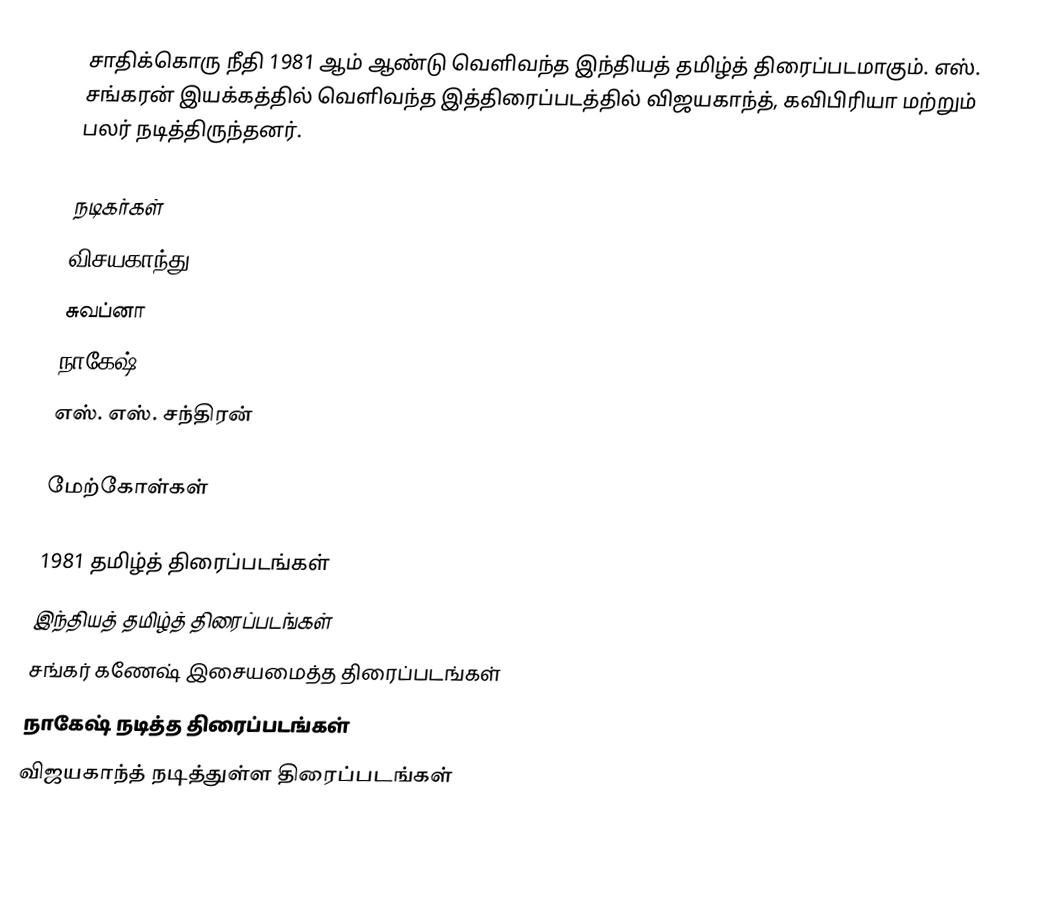
சாதிக்கொரு நீதி 1981 ஆம் ஆண்டு வெளிவந்த இந்தியத் தமிழ்த் திரைப்படமாகும். எஸ். சங்கரன் இயக்கத்தில் வெளிவந்த இத்திரைப்படத்தில் விஜயகாந்த், கவிபிரியா மற்றும் பலர் நடித்திருந்தனர்.

நடிகர்கள்
விசயகாந்து
சுவப்னா
நாகேஷ்
எஸ். எஸ். சந்திரன்

மேற்கோள்கள்

1981 தமிழ்த் திரைப்படங்கள்
இந்தியத் தமிழ்த் திரைப்படங்கள்
சங்கர் கணேஷ் இசையமைத்த திரைப்படங்கள்
நாகேஷ் நடித்த திரைப்படங்கள்
விஜயகாந்த் நடித்துள்ள திரைப்படங்கள்